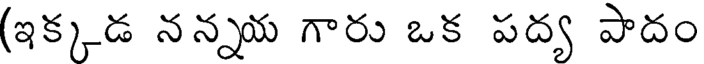
(ఇక్కడ నన్నయ గారు ఒక పద్య పాదం